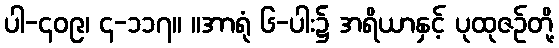
ပါ-၄၀၉၊ ၄-၁၁၇။ ။အာရုံ ၆-ပါး၌ အရိယာနှင့် ပုထုဇဉ်တို့